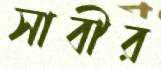
সাবীর